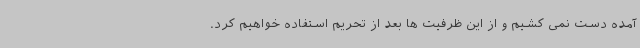
آمده دست نمی کشیم و از این ظرفیت ها بعد از تحریم استفاده خواهیم کرد.